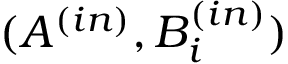
( A ^ { ( i n ) } , B _ { i } ^ { ( i n ) } )